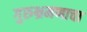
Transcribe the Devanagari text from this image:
गुरुभ्रमणाचा